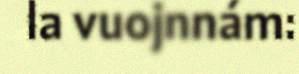
la vuojnnám: